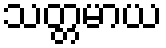
သတ္တမာယ